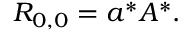
R _ { 0 , 0 } = a ^ { * } A ^ { * } .